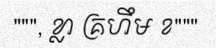
""", ខ្លា គ្រហឹម ខ"""